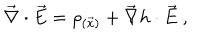
LaTeX: \vec { \nabla } \cdot \vec { E } = \rho _ { ( \vec { x } ) } + \vec { \nabla } h \cdot \vec { E } \ ,